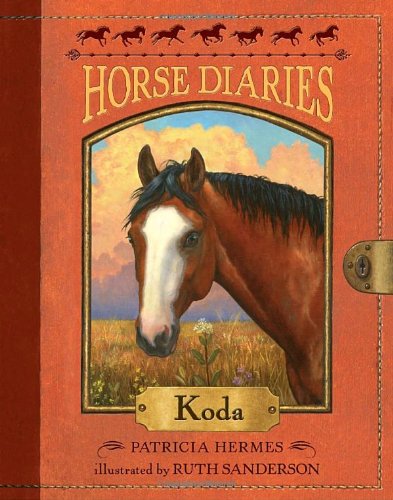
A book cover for Horse Diaries #3: Koda; Patricia Hermes; Children's Books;